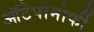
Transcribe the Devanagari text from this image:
ऑटेपोमोर्फी